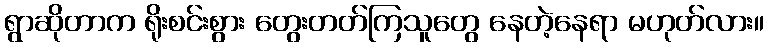
ရွာဆိုတာက ရိုးစင်းစွား တွေးတတ်ကြသူတွေ နေတဲ့နေရာ မဟုတ်လား။